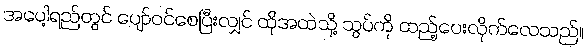
အပေါ့ရည်တွင် ပျော်ဝင်စေပြီးလျှင် ထိုအထဲသို့ သွပ်ကို ထည့်ပေးလိုက်လေသည်။